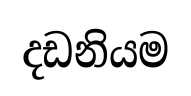
දඩනියම